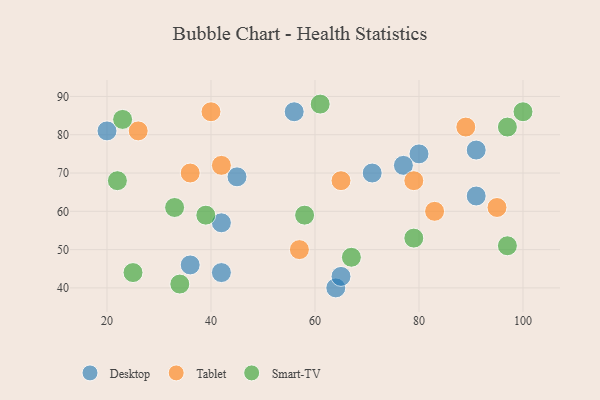
{"axis": {"x": "GDP", "y": "Life Expectancy"}, "legend": ["Desktop", "Smart-TV", "Tablet"], "data": [{"x": "91", "y": 76, "type": "Desktop"}, {"x": "42", "y": 57, "type": "Desktop"}, {"x": "56", "y": 86, "type": "Desktop"}, {"x": "64", "y": 40, "type": "Desktop"}, {"x": "36", "y": 46, "type": "Desktop"}, {"x": "91", "y": 64, "type": "Desktop"}, {"x": "80", "y": 75, "type": "Desktop"}, {"x": "65", "y": 43, "type": "Desktop"}, {"x": "77", "y": 72, "type": "Desktop"}, {"x": "45", "y": 69, "type": "Desktop"}, {"x": "71", "y": 70, "type": "Desktop"}, {"x": "20", "y": 81, "type": "Desktop"}, {"x": "42", "y": 44, "type": "Desktop"}, {"x": "40", "y": 86, "type": "Tablet"}, {"x": "95", "y": 61, "type": "Tablet"}, {"x": "89", "y": 82, "type": "Tablet"}, {"x": "79", "y": 68, "type": "Tablet"}, {"x": "57", "y": 50, "type": "Tablet"}, {"x": "36", "y": 70, "type": "Tablet"}, {"x": "65", "y": 68, "type": "Tablet"}, {"x": "26", "y": 81, "type": "Tablet"}, {"x": "42", "y": 72, "type": "Tablet"}, {"x": "83", "y": 60, "type": "Tablet"}, {"x": "61", "y": 88, "type": "Smart-TV"}, {"x": "79", "y": 53, "type": "Smart-TV"}, {"x": "22", "y": 68, "type": "Smart-TV"}, {"x": "97", "y": 82, "type": "Smart-TV"}, {"x": "23", "y": 84, "type": "Smart-TV"}, {"x": "39", "y": 59, "type": "Smart-TV"}, {"x": "100", "y": 86, "type": "Smart-TV"}, {"x": "67", "y": 48, "type": "Smart-TV"}, {"x": "97", "y": 51, "type": "Smart-TV"}, {"x": "58", "y": 59, "type": "Smart-TV"}, {"x": "25", "y": 44, "type": "Smart-TV"}, {"x": "33", "y": 61, "type": "Smart-TV"}, {"x": "34", "y": 41, "type": "Smart-TV"}]}